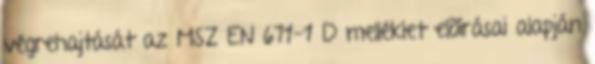
végrehajtását az MSZ EN 671-1 D melléklet elõírásai alapján